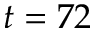
t = 7 2